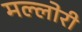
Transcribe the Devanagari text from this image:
मल्लोरी